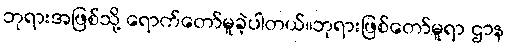
ဘုရားအဖြစ်သို့ ရောက်တော်မူခဲ့ပါတယ်။ဘုရားဖြစ်တော်မူရာ ဌာန